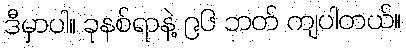
ဒီမှာပါ။ ခုနစ်ရာနဲ့ ၉၆ ဘတ် ကျပါတယ်။